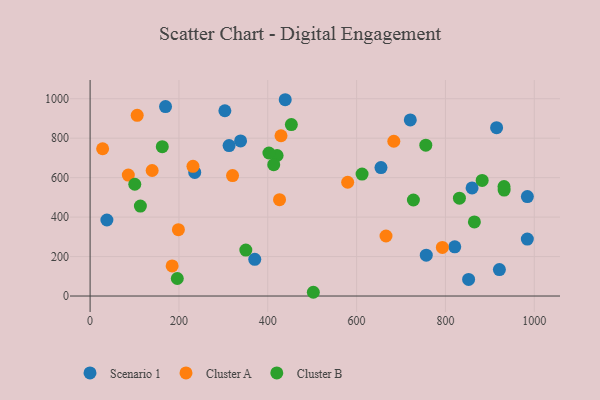
{"axis": {"x": "Price", "y": "Exam Score"}, "legend": ["Cluster A", "Cluster B", "Scenario 1"], "data": [{"x": "303.4", "y": 939.1, "type": "Scenario 1"}, {"x": "439.3", "y": 994.9, "type": "Scenario 1"}, {"x": "821.0", "y": 249.3, "type": "Scenario 1"}, {"x": "169.8", "y": 960.1, "type": "Scenario 1"}, {"x": "921.5", "y": 134.3, "type": "Scenario 1"}, {"x": "852.2", "y": 84.2, "type": "Scenario 1"}, {"x": "720.9", "y": 892.4, "type": "Scenario 1"}, {"x": "338.8", "y": 786.0, "type": "Scenario 1"}, {"x": "312.9", "y": 762.6, "type": "Scenario 1"}, {"x": "37.8", "y": 385.2, "type": "Scenario 1"}, {"x": "984.5", "y": 503.8, "type": "Scenario 1"}, {"x": "915.2", "y": 853.0, "type": "Scenario 1"}, {"x": "370.7", "y": 185.8, "type": "Scenario 1"}, {"x": "756.9", "y": 206.8, "type": "Scenario 1"}, {"x": "860.0", "y": 548.1, "type": "Scenario 1"}, {"x": "984.4", "y": 288.7, "type": "Scenario 1"}, {"x": "235.6", "y": 626.3, "type": "Scenario 1"}, {"x": "654.9", "y": 651.2, "type": "Scenario 1"}, {"x": "231.6", "y": 657.5, "type": "Cluster A"}, {"x": "666.2", "y": 304.2, "type": "Cluster A"}, {"x": "683.8", "y": 784.5, "type": "Cluster A"}, {"x": "106.0", "y": 915.8, "type": "Cluster A"}, {"x": "198.8", "y": 336.2, "type": "Cluster A"}, {"x": "429.8", "y": 812.4, "type": "Cluster A"}, {"x": "320.7", "y": 610.4, "type": "Cluster A"}, {"x": "86.0", "y": 613.2, "type": "Cluster A"}, {"x": "184.7", "y": 152.8, "type": "Cluster A"}, {"x": "793.1", "y": 246.3, "type": "Cluster A"}, {"x": "579.9", "y": 576.6, "type": "Cluster A"}, {"x": "426.5", "y": 488.5, "type": "Cluster A"}, {"x": "139.7", "y": 636.1, "type": "Cluster A"}, {"x": "28.2", "y": 746.5, "type": "Cluster A"}, {"x": "882.7", "y": 586.1, "type": "Cluster B"}, {"x": "196.3", "y": 88.7, "type": "Cluster B"}, {"x": "932.2", "y": 537.0, "type": "Cluster B"}, {"x": "350.6", "y": 232.8, "type": "Cluster B"}, {"x": "612.3", "y": 618.0, "type": "Cluster B"}, {"x": "931.9", "y": 555.2, "type": "Cluster B"}, {"x": "865.2", "y": 375.5, "type": "Cluster B"}, {"x": "831.5", "y": 496.1, "type": "Cluster B"}, {"x": "502.6", "y": 19.0, "type": "Cluster B"}, {"x": "162.5", "y": 757.0, "type": "Cluster B"}, {"x": "100.6", "y": 566.6, "type": "Cluster B"}, {"x": "453.1", "y": 869.1, "type": "Cluster B"}, {"x": "755.8", "y": 764.4, "type": "Cluster B"}, {"x": "113.2", "y": 456.1, "type": "Cluster B"}, {"x": "421.0", "y": 712.3, "type": "Cluster B"}, {"x": "727.9", "y": 486.7, "type": "Cluster B"}, {"x": "402.6", "y": 724.9, "type": "Cluster B"}, {"x": "413.4", "y": 665.9, "type": "Cluster B"}]}